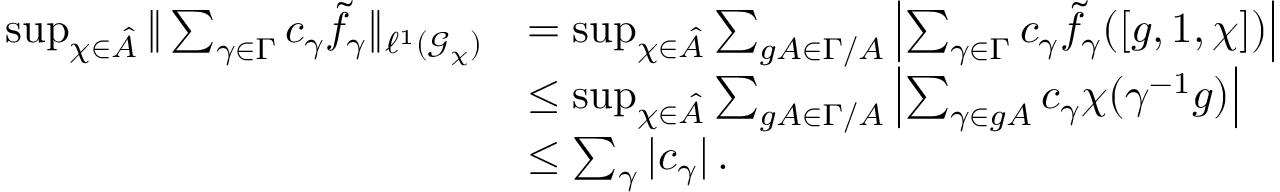
\begin{array} { r l } { \operatorname* { s u p } _ { \chi \in \hat { A } } \| \sum _ { \gamma \in \Gamma } c _ { \gamma } \tilde { f } _ { \gamma } \| _ { \ensuremath { \ell ^ { 1 } } ( \ensuremath { \mathcal { G } } _ { \chi } ) } } & { = \operatorname* { s u p } _ { \chi \in \hat { A } } \sum _ { g A \in \Gamma / A } \left| \sum _ { \gamma \in \Gamma } c _ { \gamma } \tilde { f } _ { \gamma } ( [ g , 1 , \chi ] ) \right| } \\ & { \leq \operatorname* { s u p } _ { \chi \in \hat { A } } \sum _ { g A \in \Gamma / A } \left| \sum _ { \gamma \in g A } c _ { \gamma } \chi ( \gamma ^ { - 1 } g ) \right| } \\ & { \leq \sum _ { \gamma } | c _ { \gamma } | \ensuremath { \, \mathrm { . } } } \end{array}